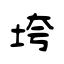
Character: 垮